Lunatic asylums Madras 1877-1891 - 1877-1891
Year: 1877
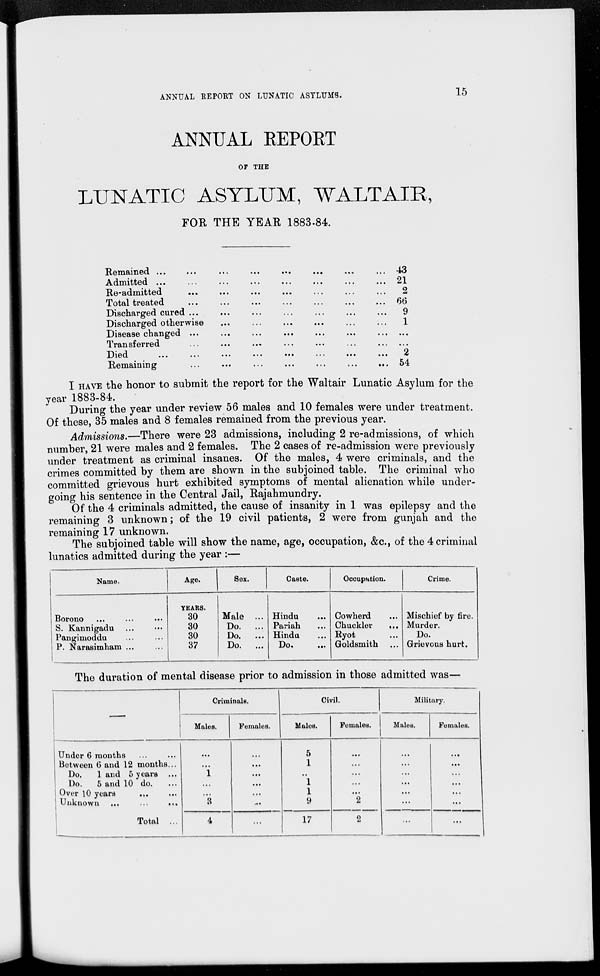
ANNUAL REPORT ON LUNATIC ASYLUMS.
15
ANNUAL REPORT
OF THE
LUNATIC ASYLUM, WALTAIR,
FOR THE YEAR 1883-84.
Remained ...
...
...
...
... ... ... ...
Admitted ... ... ... ... ... ... ... ...
Re-admitted... ... ... ... ... ... ... ...
Total treated... ... ... ... ... ... ... ...
Discharged cured ... ... ... ... ... ... ... ...
Discharged otherwise ... ... ... ... ... ... ...
Disease changed ... ... ... ... ... ... ... ...
Transferred... ... ... ... ... ... ... ...
Died
...
...
...
...
...
...
...
...
Remaining... ... ... ... ... ... ... ...
43
21
2
66
9
1
...
...
2
54
I HAVE the honor to submit the report for the Waltair Lunatic Asylum for the
year 1883-84.
During the year under review 56 males and 10 females were under treatment.
Of these, 35 males and 8 females remained from the previous year.
Admissions.—There were 23 admissions, including 2 re-admissions, of which
number, 21 were males and 2 females. The 2 cases of re-admission were previously
under treatment as criminal insanes. Of the males, 4 were criminals, and the
crimes committed by them are shown in the subjoined table. The criminal who
committed grievous hurt exhibited symptoms of mental alienation while under-
going his sentence in the Central Jail, Rajahmundry.
Of the 4 criminals admitted, the cause of insanity in 1 was epilepsy and the
remaining 3 unknown; of the 19 civil patients, 2 were from gunjah and the
remaining 17 unknown.
The subjoined table will show the name, age, occupation, &c., of the 4 criminal
lunatics admitted during the year :—
Name.
Borono
...
...
...
S. Kannigadu... ...
Pangimoddu... ...
P. Narasimham ... ...
Age.
YEARS.
30
30
30
37
Sex.
Male ...
Do.
...
Do. ...
Do.
...
Caste.
Hindu
Pariah
Hindu.
Do.
Occupation.
Cowherd ...
Chuckler
...
Ryot ...
Goldsmith ...
Crime.
Mischief by fire.
Murder.
Do.
Grievous hurt.
The duration of mental disease prior to admission in those admitted was—
—
Under 6 months... ...
Between 6 and 12 months...
Do.
1 and 5 years ...
Do.
5 and 10 do. ...
Over 10 years ... ...
Unknown ...
...
...
Total ...
Criminals.
Males.
...
...
1
...
...
3
4
Females.
...
...
...
...
...
...
...
Civil.
Males.
5
1
.,
1
1
9
17
Females.
...
...
...
...
...
2
2
Military.
Males.
...
...
...
...
...
...
...
Females.
...
...
...
...
....
...
...